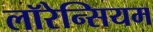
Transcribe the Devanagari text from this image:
लॉरेन्सियम